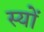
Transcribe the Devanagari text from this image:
स्यों